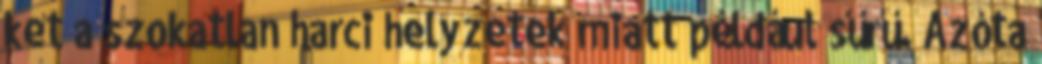
ket a szokatlan harci helyzetek miatt például sűrű. Azóta